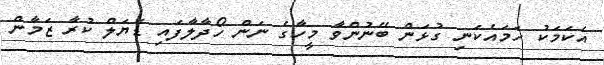
އެކަމަކު ހަމައެކަނި ގުޅަން ބޭނުންވާ މީހާގެ ނަން ހޯދާލާފައި ޑަޔަލް ކުރާ ޒަމާން